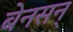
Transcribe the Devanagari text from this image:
बेनसन्